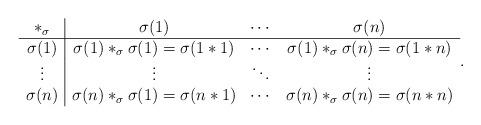
LaTeX: \begin{align*}\begin{array}{c|ccc}\ast_\sigma & \sigma(1) & \cdots & \sigma(n) \\ \hline\sigma(1) & \sigma(1)\ast_\sigma\sigma(1) = \sigma(1\ast1) & \cdots & \sigma(1)\ast_\sigma\sigma(n) = \sigma(1\ast n) \\ \vdots & \vdots & \ddots & \vdots \\\sigma(n) & \sigma(n)\ast_\sigma\sigma(1) = \sigma(n\ast1) & \cdots & \sigma(n)\ast_\sigma\sigma(n) = \sigma(n\ast n) \\\end{array}.\end{align*}